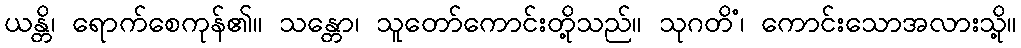
ယန္တိ၊ ရောက်စေကုန်၏။ သန္တော၊ သူတော်ကောင်းတို့သည်။ သုဂတိံ၊ ကောင်းသောအလားသို့။